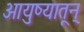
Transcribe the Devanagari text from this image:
आयुष्यातून्